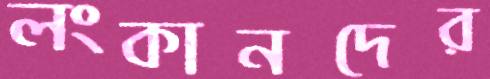
লংকানদের